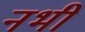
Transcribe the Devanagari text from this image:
नभीं